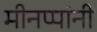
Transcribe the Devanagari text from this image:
मीनप्पांनी